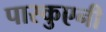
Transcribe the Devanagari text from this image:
पास्कुएनी